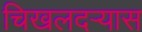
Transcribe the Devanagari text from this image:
चिखलदर्‍यास